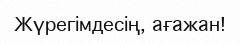
Жүрегімдесің, ағажан!